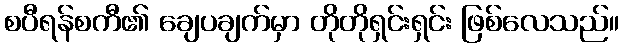
စပီရန်စကီ၏ ချေပချက်မှာ တိုတိုရှင်းရှင်း ဖြစ်လေသည်။